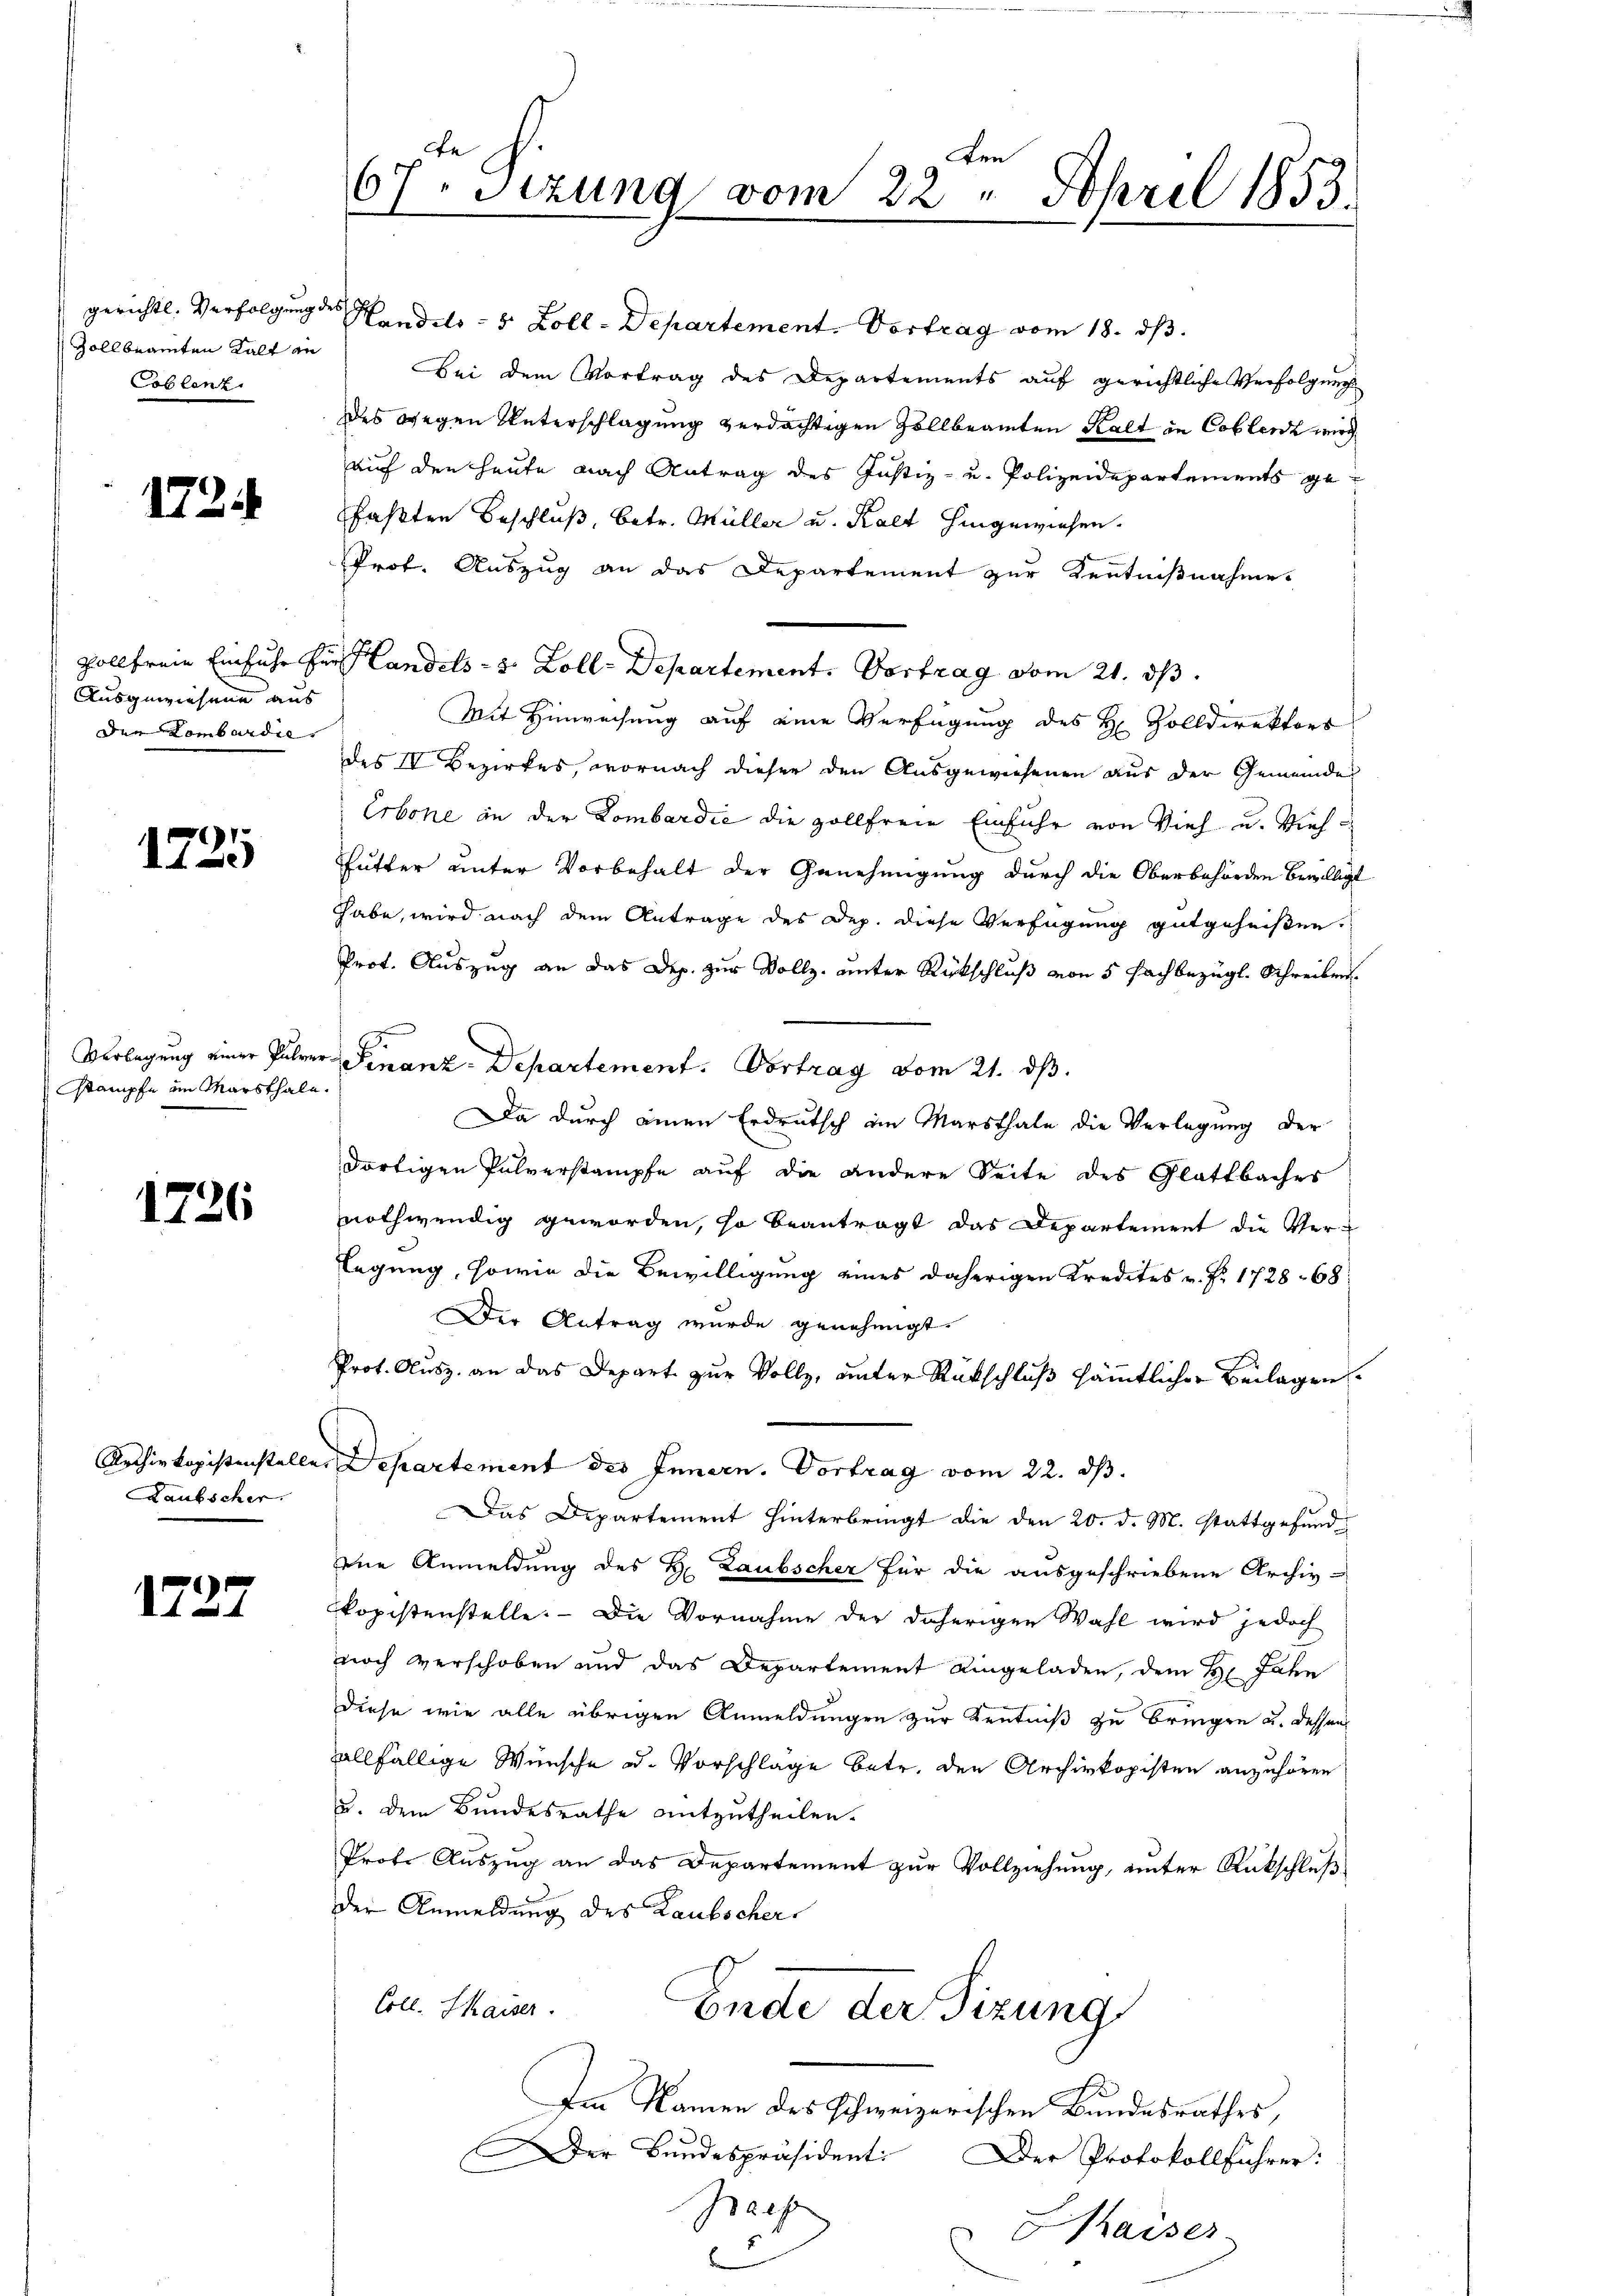
Zollbeamten Kalt au
Coblenz

1724

Ausgewiesene aus
Der Lombardie

1725

Verlegung einer Fuhrer
Stämpfe im Marsthale.

1726

Archiv kopistenstelle
Raubscher

1727

Len
67. Sizung vom 22. April 1853.
1

gerichtl. Verfolgung des Handels- 5 Zoll-Departement. Vortrag vom 18. ds.
Bei dem Vortrag des Departements auf gerichtliche Verfolgung
des gegen Unterschlagung verdächtigen Zollbeamten Kalt in Coblenz wird
auf den heute nach Antrag des Justiz- und Polizeidepartements gefaßten Beschluß, betr. Müller u. Kalt hingewiesen.
Prof. Auszug an das Departement zur Kenntnißnahme.
Mit Hinweisung auf eine Verfügung des H. Zolldirektors
des IV Bezirkes, wornach dieser den Ausgewiesenen aus der Gemeinder
Erbone an der Lombardić die zollfreie Einfuhr von Vieh u. Vieh¬
Thutter unter Vorbehalt der Genehmigung durch die Oberbehörden bewilligt
habe, wird nach dem Antrage des Dep. diese Verfügung gutgeheißen.
Prot. Auszug an das Dep. zur Vollz- unter Rückschluß von 5 Fachbezügl. Schreiben
Finanz-Departement. Vortrag vom 21. ds.
Da durch einen Erdeutsch ain Marsthale die Verlegung der
dortigen Pulverstampfe auf die andere Seite des Glattbacher
nothwendig geworden, so beantragt das Departement die Ver-
legung, sowie die Bewilligung eines daherigen Kredites v. Fr. 1728-68
Der Antrag wurde genehmigt.
Prot. Ausz. an das Depart zur Vollz, unter Rückschluß sämmtlicher Beilagen.
Departement des Innern. Vortrag vom 22. ds.
Das Departement hinterbringt die den 20. d. M. stattgefund
ene Anmeldung des B. Laubscher für die ausgeschriebene Archiv-
kopistenstelle. — Die Vornahme der daherigen Wahl wird jedoch
noch verschoben und das Departement eingeladen, dem Hr. Jahn
Diese wie alle übrigen Anmeldungen zur Kentniß zu bringen u. dessen
allfällige Wünsche ad. Vorschlage betr. den Archivkopisten anzuhören
u. dem Bundesrathe mitzutheilen.
Prote Auszug an das Departement zur Vollziehung, unter Rückschluß
der Anmeldung des Laubscher
Coll. Kaiser.
Ende der Sizung
Im Namen des schweizerischen Bundesrathes,
Der Bundespräsident: Der Protokollführer:
Praes
haiser-

vollfreie Einfuhr für Landels- u. Zoll-Departement. Vortrag vom 21. ds.